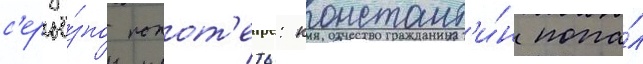
с'ерьё́зно попот'еть: констант'и́н попа́л